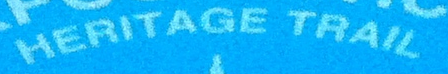
HERITAGE TRAIL